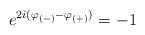
LaTeX: \begin{align*}e^{2i(\varphi _{(-)}-\varphi _{(+)})}=-1\end{align*}